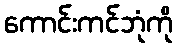
ကောင်းကင်ဘုံကို